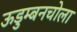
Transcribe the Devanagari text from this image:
ऊडुम्बनचोला